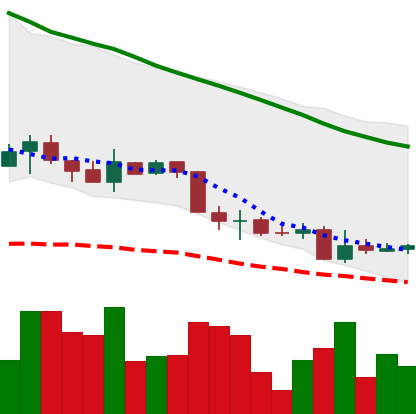
Ticker: XMR-USD
Chart end date: 2018-06-01
Forward return: 4.492%
Label: up_3_5